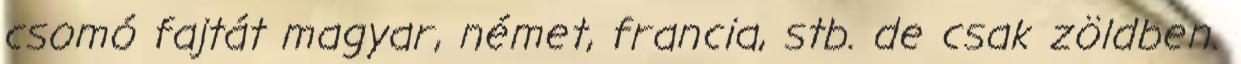
csomó fajtát magyar, német, francia, stb. de csak zöldben.